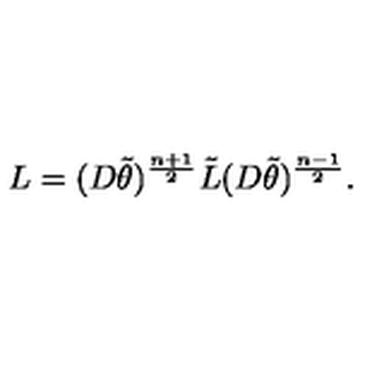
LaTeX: L = ( D \tilde { \theta } ) ^ { \frac { n + 1 } { 2 } } \tilde { L } ( D \tilde { \theta } ) ^ { \frac { n - 1 } { 2 } } .